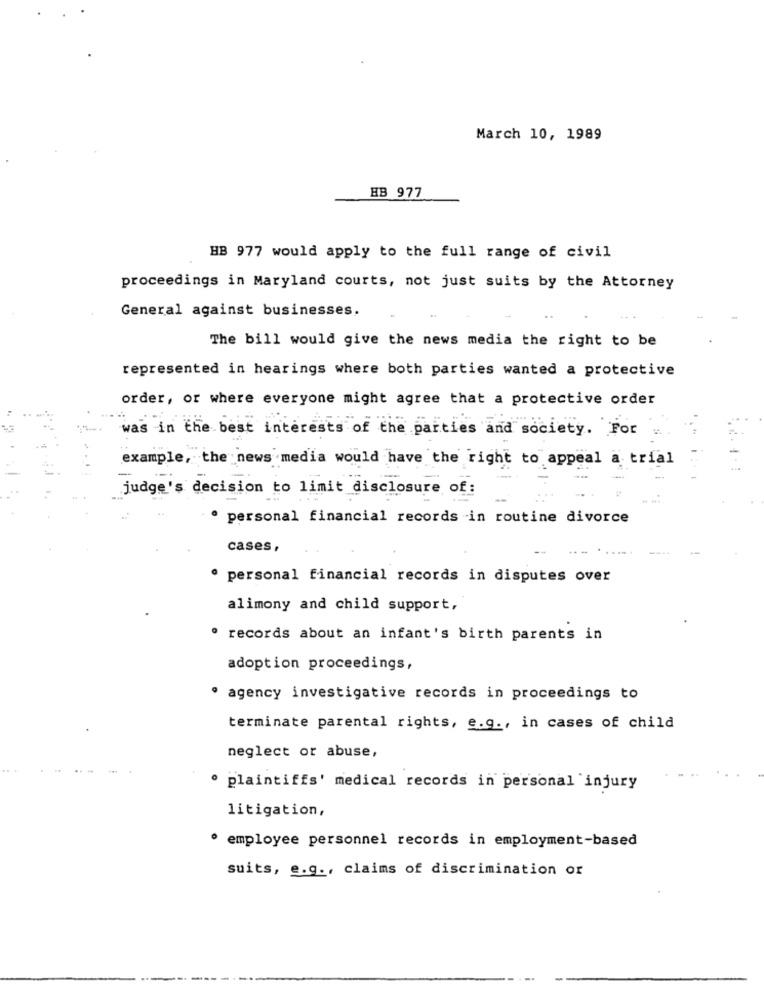
March 10, 1989
HB 977
HB 977 would apply to the full range of civil
proceedings in Maryland courts, not just suits by the Attorney
General against businesses.
The bill would give the news media the right to be
represented in hearings where both parties wanted a protective
order, or where everyone might agree that a protective order
was in the best interests of the parties and society. For
example, the news media would have the right to appeal a trial
-
judge's decision to limit disclosure of:
personal financial records in routine divorce
cases,
· personal financial records in disputes over
alimony and child support,
. records about an infant's birth parents in
adoption proceedings,
· agency investigative records in proceedings to
terminate parental rights, e.g ., in cases of child
neglect or abuse,
plaintiffs' medical records in personal injury
litigation,
· employee personnel records in employment-based
suits, e.g ., claims of discrimination or